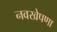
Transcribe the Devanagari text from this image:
नवखेपणा